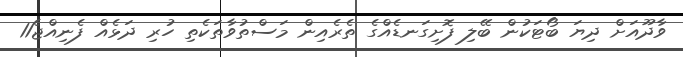
ވާދޫއަށް ދިޔަ ބޯޓަކުން ބޭލި ފޮށިގަނޑެއްގެ ތެރެއިން މަސްތުވާތަކެތި ހުރި ދަޅެއް ފެނިއްޖެ11